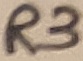
Text: R3